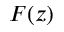
F ( z )